Bréfritari: Kristján Markússon
Viðtakandi: Björg Jónsdóttir
Dagsetning: A-1876-01-06
Skrifað á: Garðsá  Eyf.
Björg var kona Bened. í Tungu. Óvíst.

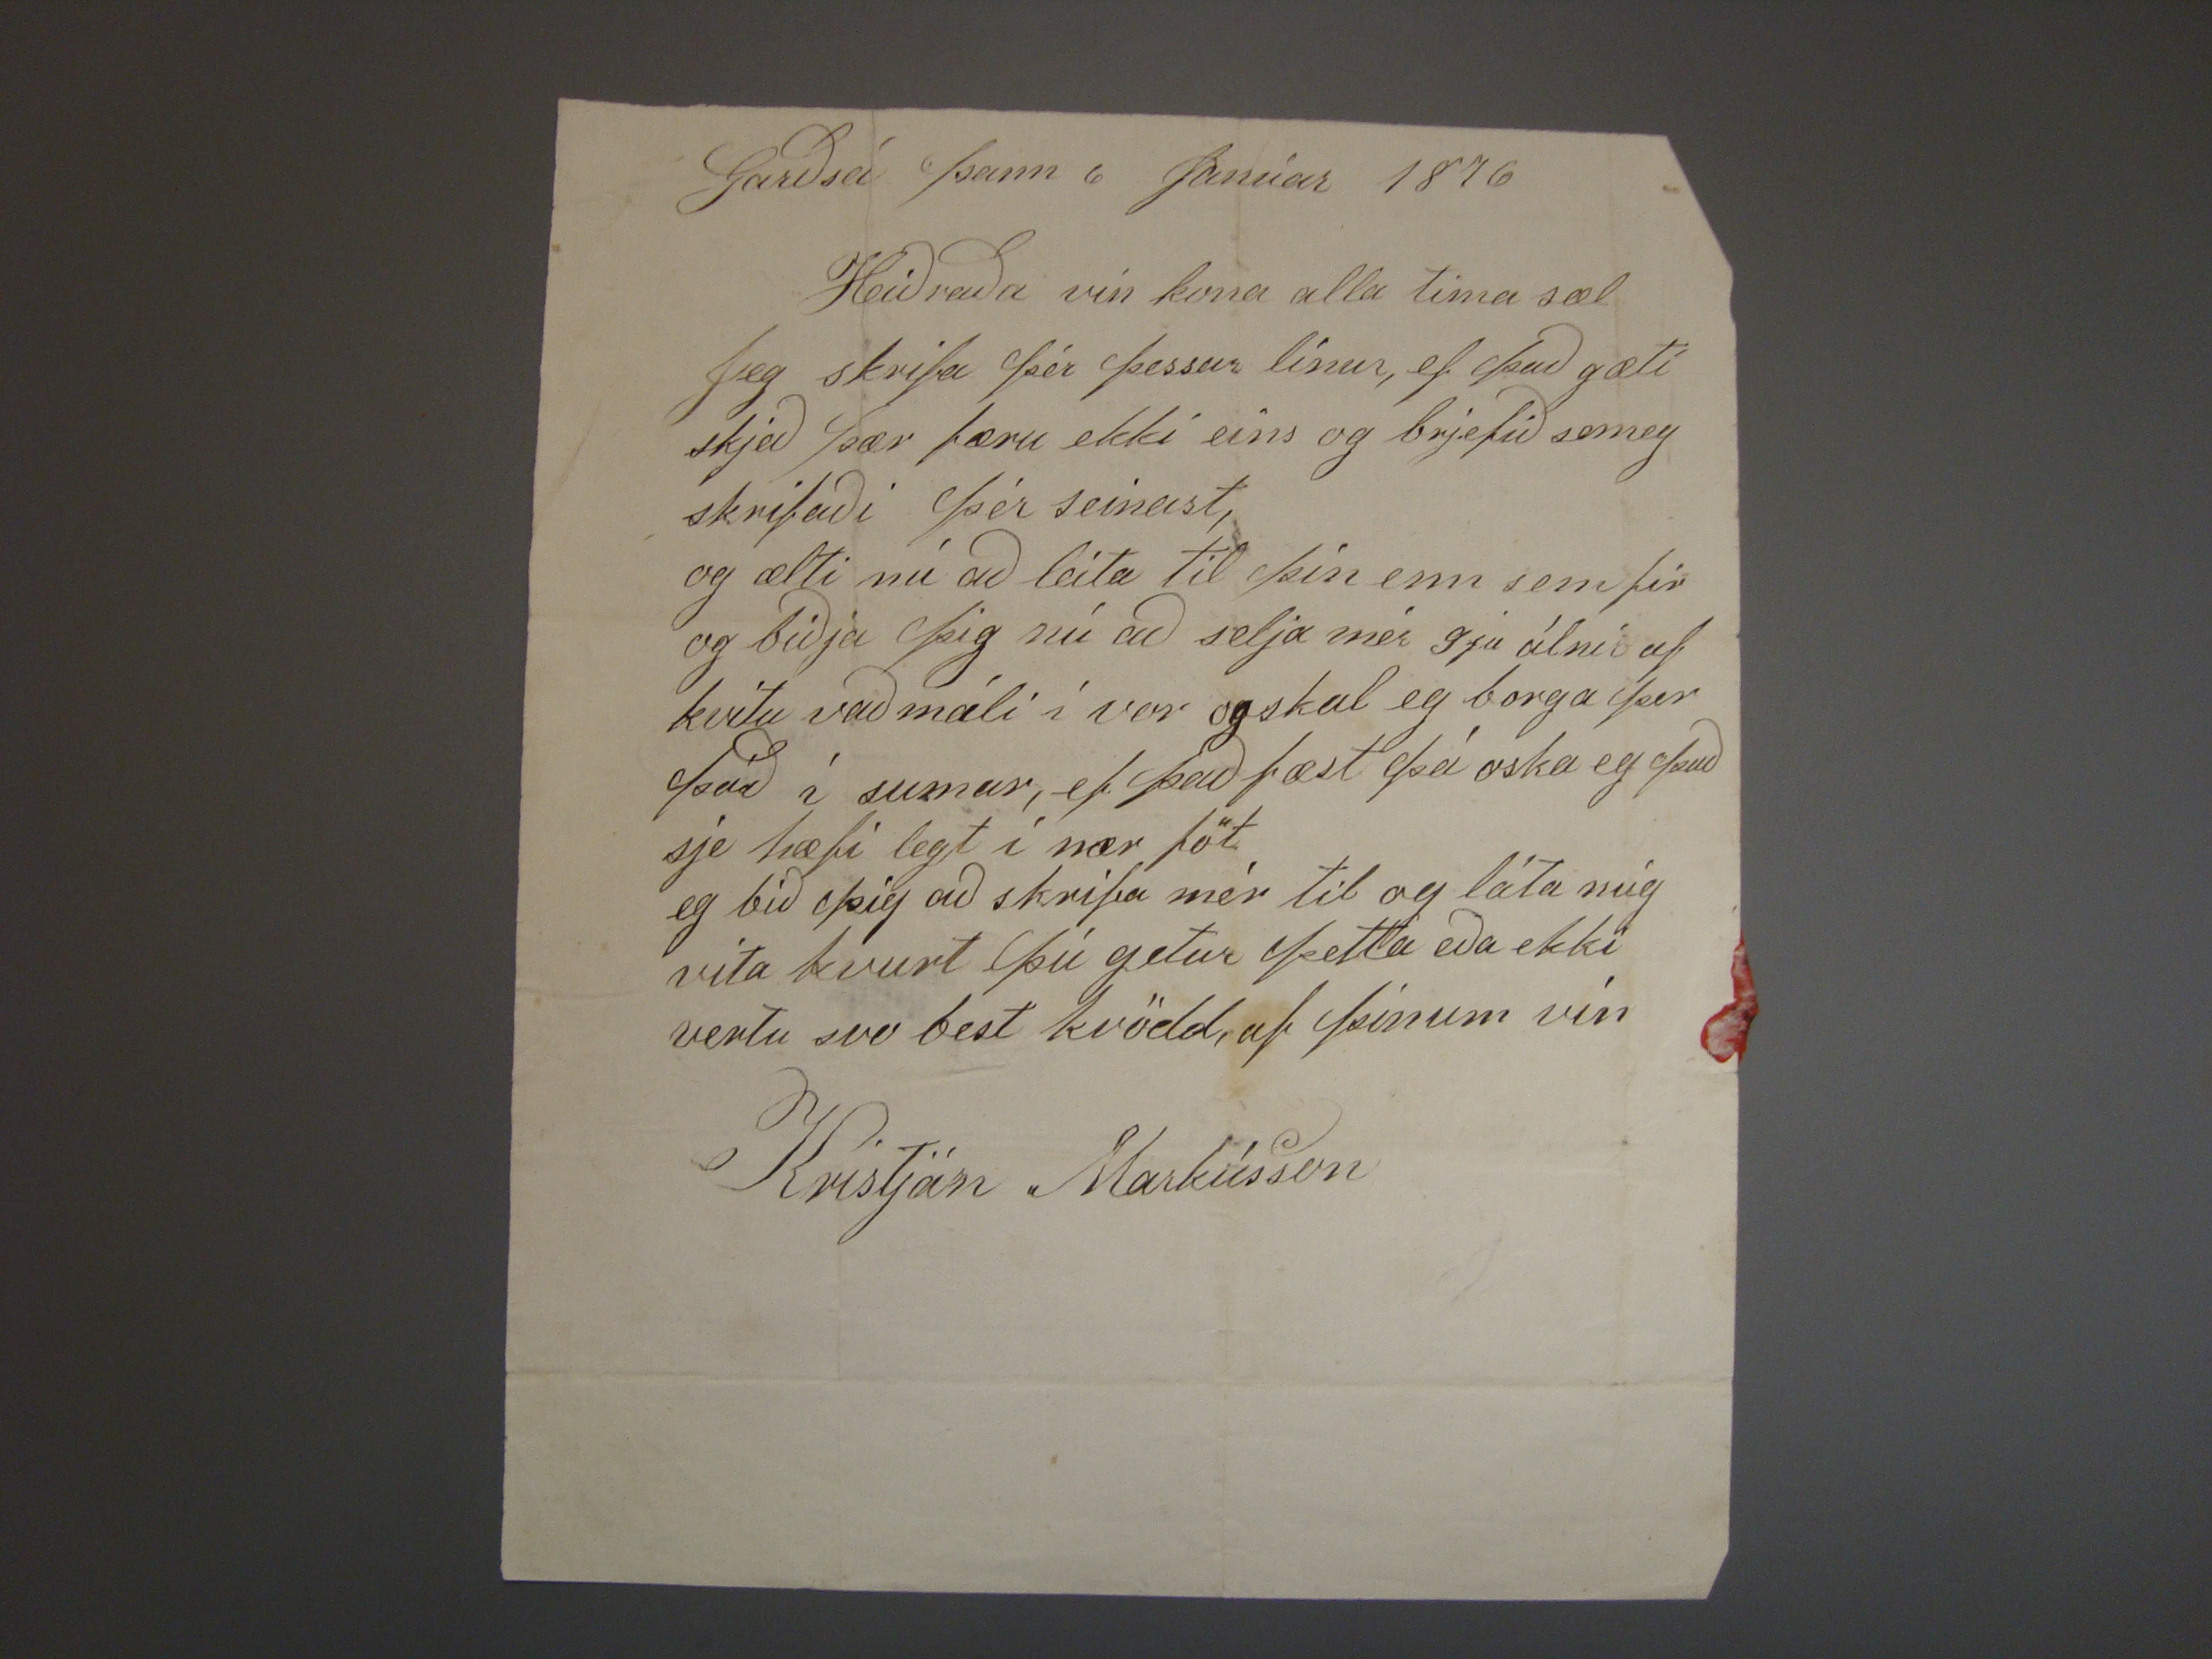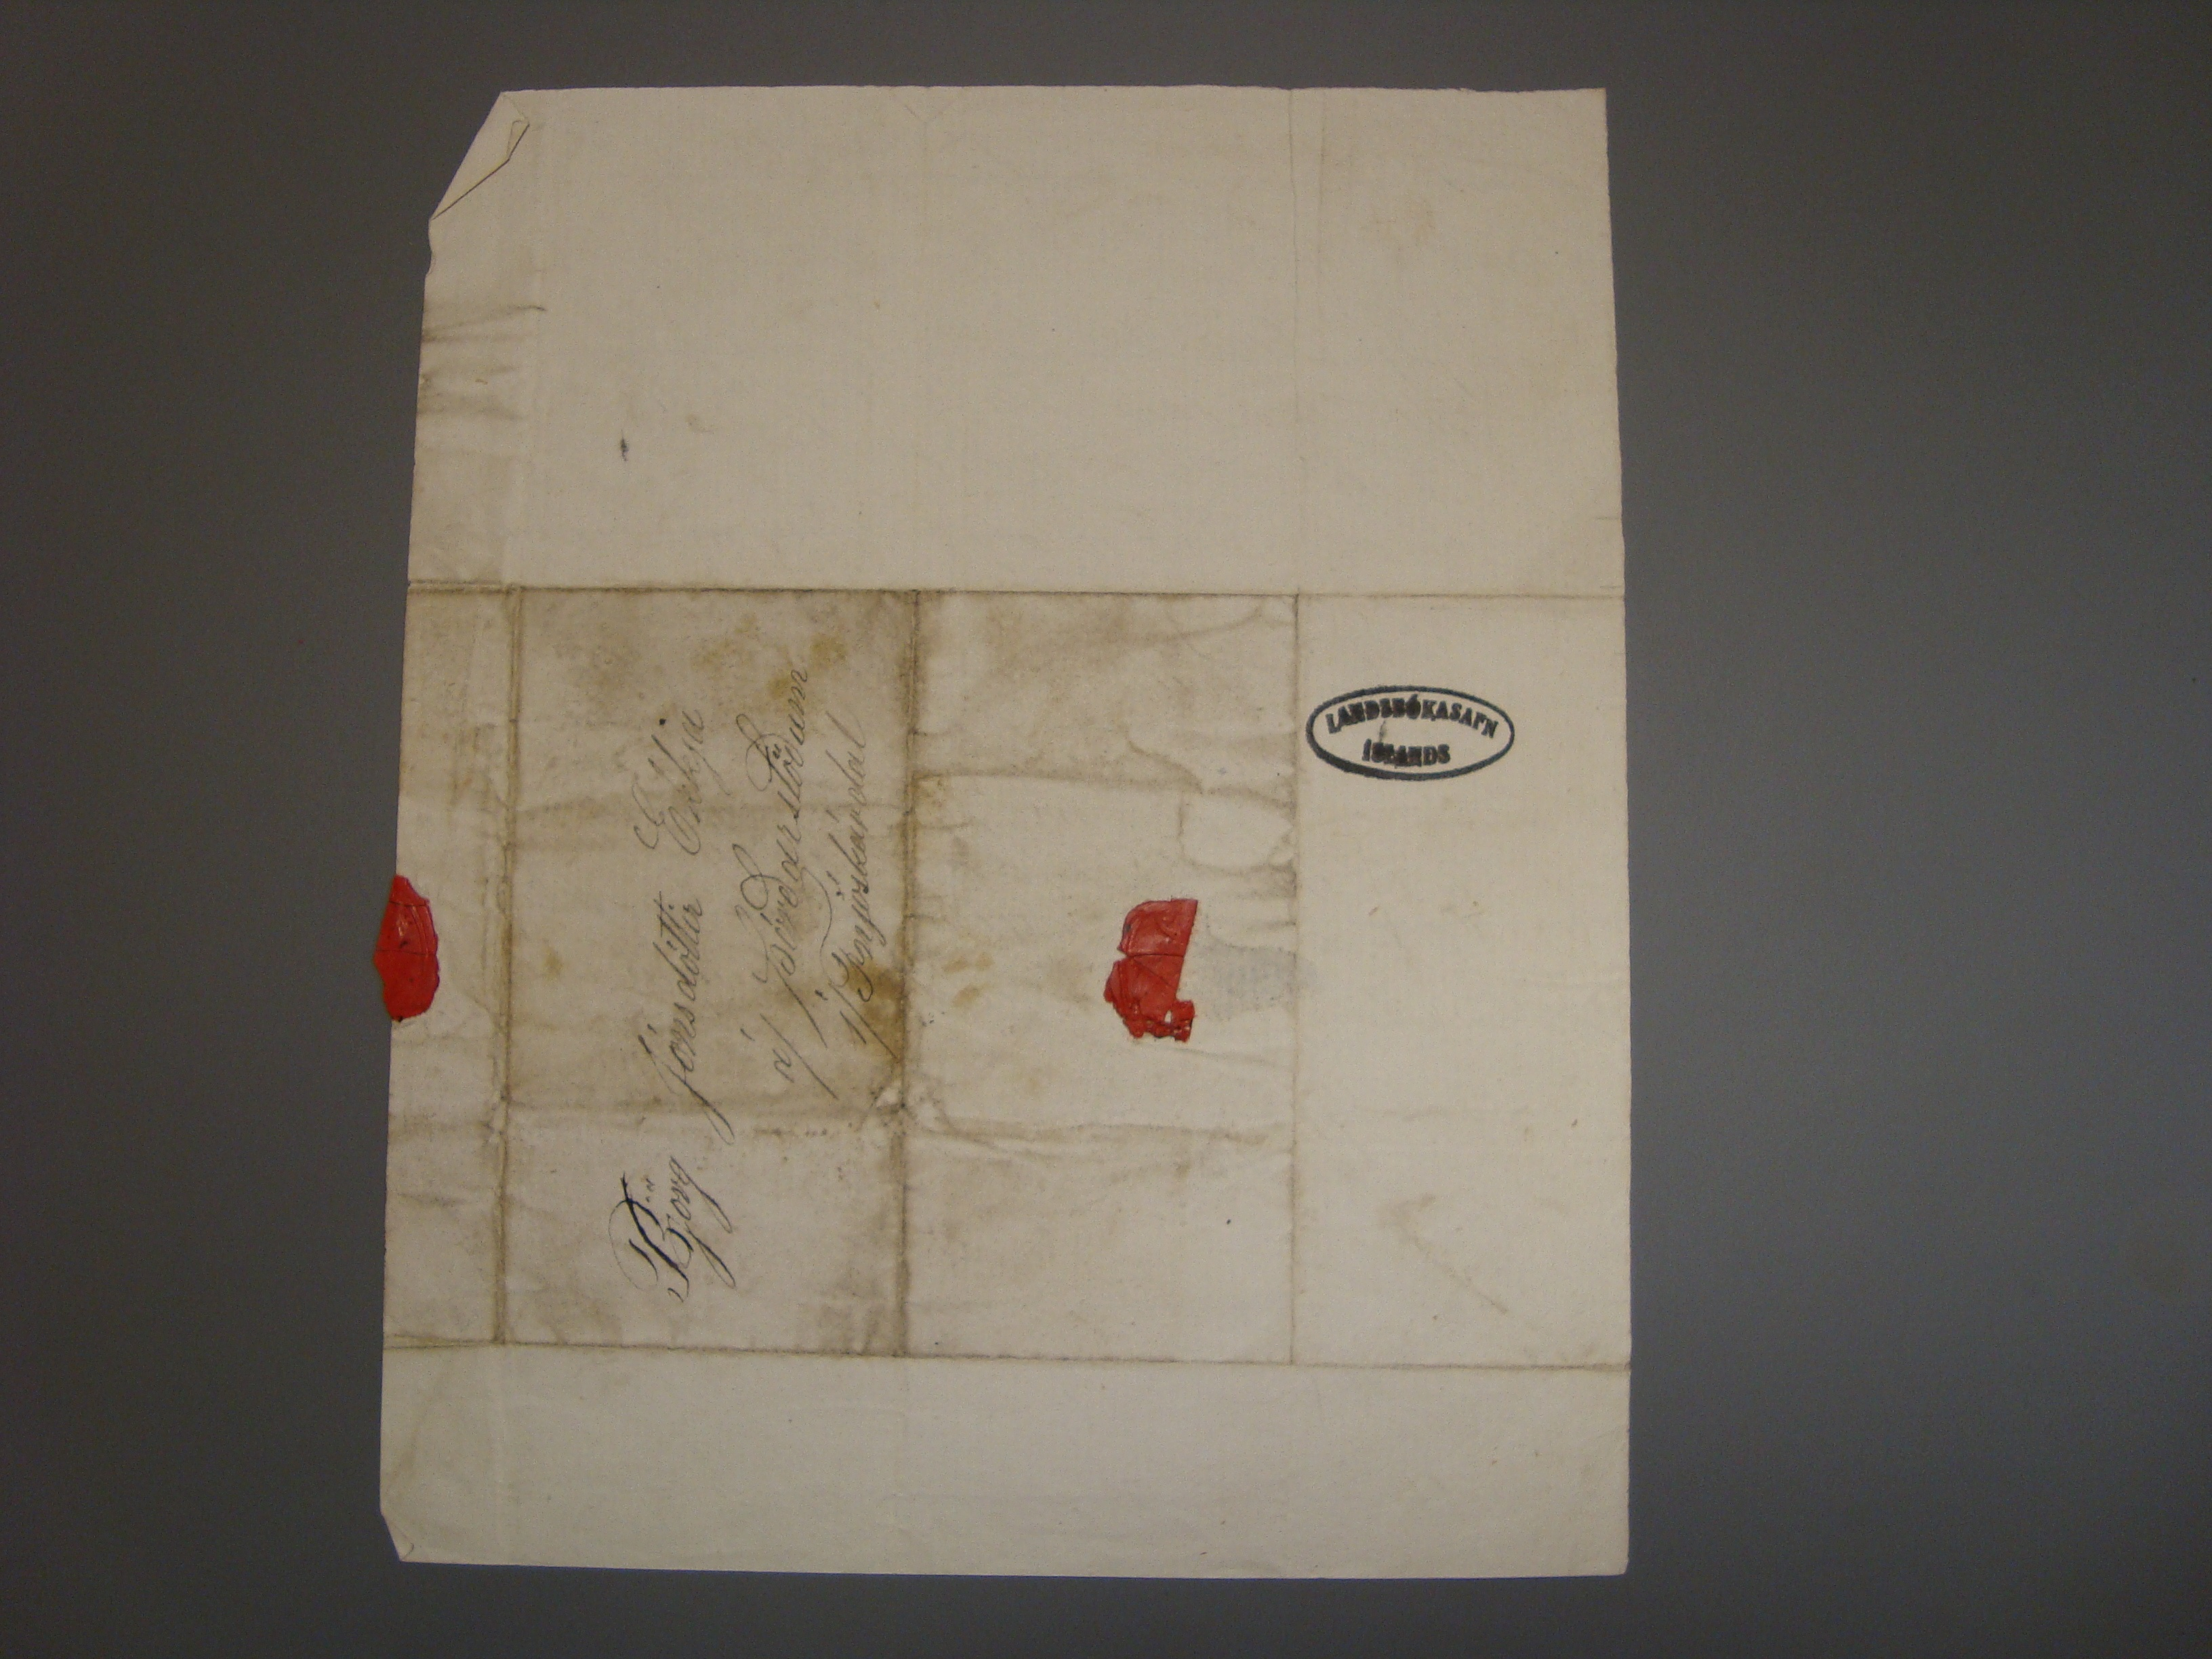

Garðsá þann 6 Janúar 1876
Heiðraða vin kona alla tima sæl
Jeg skrifa þér þessar línur, ef það gæti skjeð þær færu ekki eins og brjefið semeg skrifaði þér seinast, og ætti nú að leita til þín enn sem fir og biðja þig nú að
selja mér 9ju álnir af kvítu vaðmáli í vor og skal eg borga þer þáð í sumar, efþað fæst þá oska eg það sje hæfi legt í nær föt eg bið þig að skrifa mér til og láta mig
vita kvurt þú getur þetta eða ekki vert svo best kvödd, af þínum vin
Kristján Marússon
Björg Jónsdóttir Ekkja
á/ Þórðarstöðum
í/ Fnjóskárdal